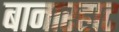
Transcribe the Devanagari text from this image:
बानारहाट